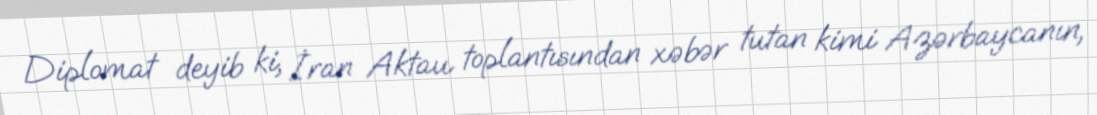
Diplomat deyib ki, İran Aktau toplantısından xəbər tutan kimi Azərbaycanın,